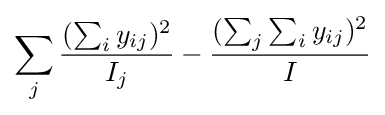
\sum _{j}{\frac {(\sum _{i}y_{ij})^{2}}{I_{j}}}-{\frac {(\sum _{j}\sum _{i}y_{ij})^{2}}{I}}